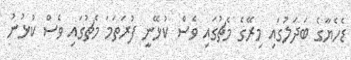
ޑެހެޔާގެ ބަދަލުގައި މިރޭގެ މެޗުގައި ވެސް ކުޅޭނީ ފުރަތަމަ މެޗުގައި ވެސް ކުޅުނު